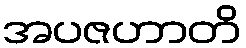
အပဇဟာတိ